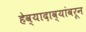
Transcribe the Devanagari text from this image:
हेव्यादाव्यांवरून